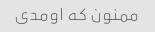
ممنون که اومدی